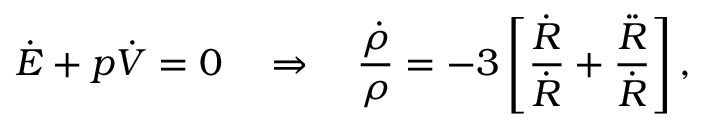
\Dot { E } + p \Dot { V } = 0 \quad \Rightarrow \quad \frac { \Dot { \rho } } { \rho } = - 3 \left[ \frac { \Dot { R } } { \Dot { R } } + \frac { \Ddot { R } } { \Dot { R } } \right] ,